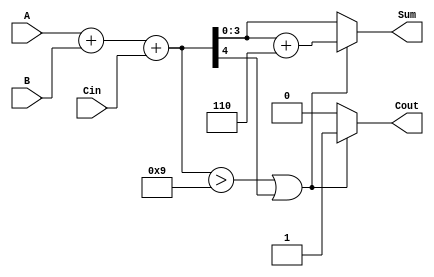
module BCD_Async_Adder (
    input [3:0] A,      // First BCD digit
    input [3:0] B,      // Second BCD digit
    input Cin,          // Carry input
    output reg [3:0] Sum, // BCD sum output
    output reg Cout     // Carry output
);

// Intermediate signals
wire [4:0] binary_sum; // 5-bit to hold the sum of A, B, and Cin
wire correction_needed; // Flag to indicate if correction is needed

// Binary addition of A, B and Cin
assign binary_sum = A + B + Cin;

// Check if the binary sum exceeds the BCD limit
assign correction_needed = (binary_sum > 9) || (binary_sum[4]); // Sum > 9 or carry out

// BCD correction
always @(*) begin
    if (correction_needed) begin
        Sum = binary_sum[3:0] + 4'b0110; // Add 6 (0110) for correction
        Cout = 1'b1; // Set carry out
    end else begin
        Sum = binary_sum[3:0]; // No correction needed
        Cout = 1'b0; // No carry out
    end
end

endmodule